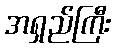
အရှည်ကြီး